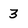
Character: 3